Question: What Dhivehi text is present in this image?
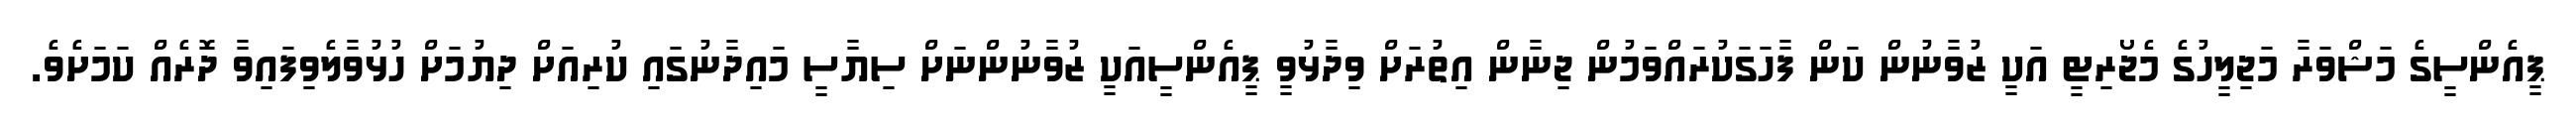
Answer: ޕީއެންސީގެ މަޝްވަރާ މަޖިލީހުގެ މެޖޯރިޓީ އަކީ ޒުވާނުން ކަން ފާހަގަކުރައްވަމުން ޖިނާން އިތުރަށް ވިދާޅުވީ ޕީއެންސީއަކީ ޒުވާނުންނަށް ސިޔާސީ މައިދާނުގައި ކުރިއަށް ދިޔުމަށް ހުޅުވާލެވިފައިވާ ދޮރެއް ކަމަށެވެ.